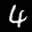
Label: 4